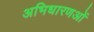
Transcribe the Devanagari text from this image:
अभिधारणओं